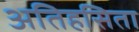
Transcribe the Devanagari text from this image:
अतिहसिता